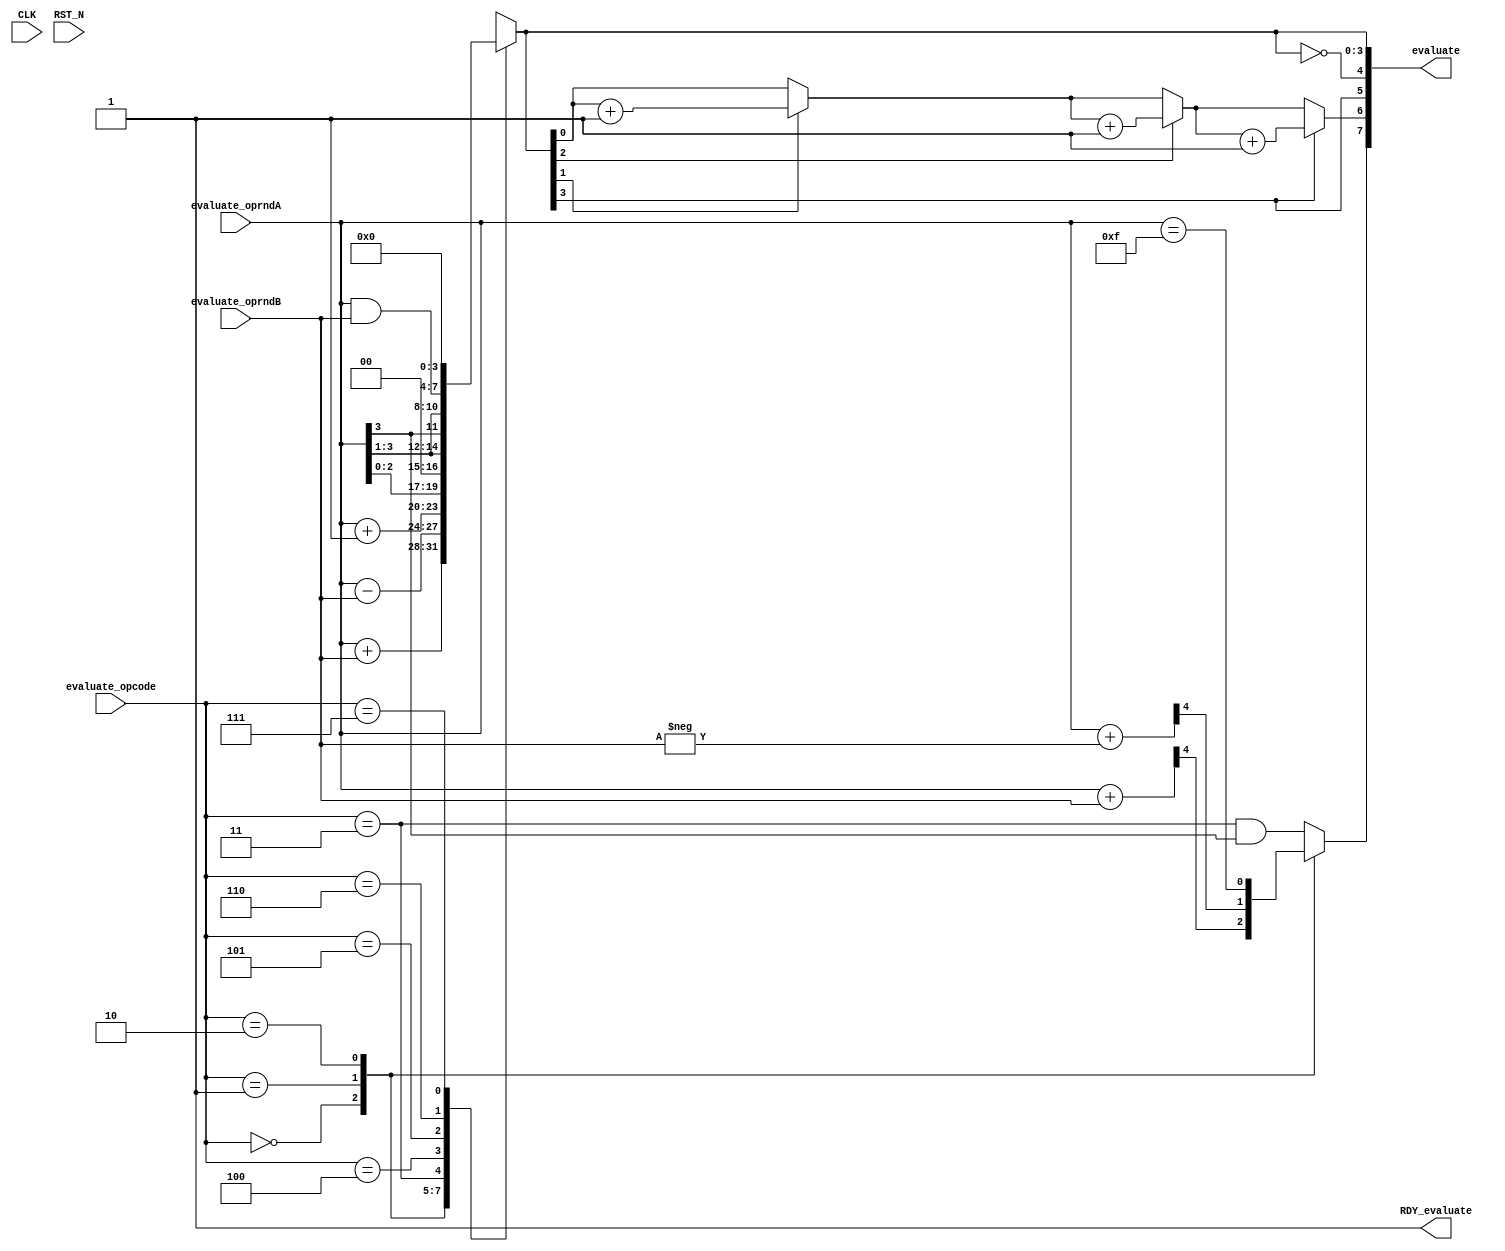
//
// Generated by Bluespec Compiler, version 2011.06.D (build 24470, 2011-06-30)
//
// On Mon Oct 10 19:36:20 IST 2011
//
// Method conflict info:
// Method: evaluate
// Conflict-free: evaluate
//
//
// Ports:
// Name                         I/O  size props
// evaluate                       O     8
// RDY_evaluate                   O     1 const
// CLK                            I     1 unused
// RST_N                          I     1 unused
// evaluate_oprndA                I     4
// evaluate_oprndB                I     4
// evaluate_opcode                I     3
//
// Combinational paths from inputs to outputs:
//   (evaluate_oprndA, evaluate_oprndB, evaluate_opcode) -> evaluate
//
//

`ifdef BSV_ASSIGNMENT_DELAY
`else
`define BSV_ASSIGNMENT_DELAY
`endif

module mkALU(CLK,
	     RST_N,

	     evaluate_oprndA,
	     evaluate_oprndB,
	     evaluate_opcode,
	     evaluate,
	     RDY_evaluate);
  input  CLK;
  input  RST_N;

  // value method evaluate
  input  [3 : 0] evaluate_oprndA;
  input  [3 : 0] evaluate_oprndB;
  input  [2 : 0] evaluate_opcode;
  output [7 : 0] evaluate;
  output RDY_evaluate;

  // signals for module outputs
  wire [7 : 0] evaluate;
  wire RDY_evaluate;

  // remaining internal signals
  reg [3 : 0] IF_evaluate_opcode_EQ_0b0_THEN_evaluate_oprndA_ETC___d50;
  reg _theResult___snd__h86;
  wire [4 : 0] _0b0_CONCAT_evaluate_oprndA_PLUS_0b0_CONCAT_NEG_ETC__q2,
	       _0b0_CONCAT_evaluate_oprndA_PLUS_0b0_CONCAT_eva_ETC__q1;
  wire [3 : 0] result__h130,
	       result__h164,
	       result__h170,
	       result__h240,
	       result__h267,
	       result__h353,
	       result__h87;
  wire _theResult_____1__h203,
       _theResult_____2__h202,
       flagCarry__h165,
       flagParity__h26,
       flagZero__h28,
       parityBit__h362,
       parityBit__h390,
       parityBit__h418;

  // value method evaluate
  assign evaluate =
	     { _theResult___snd__h86,
	       flagParity__h26,
	       IF_evaluate_opcode_EQ_0b0_THEN_evaluate_oprndA_ETC___d50[3],
	       flagZero__h28,
	       IF_evaluate_opcode_EQ_0b0_THEN_evaluate_oprndA_ETC___d50 } ;
  assign RDY_evaluate = 1'd1 ;

  // remaining internal signals
  assign _0b0_CONCAT_evaluate_oprndA_PLUS_0b0_CONCAT_NEG_ETC__q2 =
	     { 1'b0, evaluate_oprndA } + { 1'b0, -evaluate_oprndB } ;
  assign _0b0_CONCAT_evaluate_oprndA_PLUS_0b0_CONCAT_eva_ETC__q1 =
	     { 1'b0, evaluate_oprndA } + { 1'b0, evaluate_oprndB } ;
  assign _theResult_____1__h203 =
	     IF_evaluate_opcode_EQ_0b0_THEN_evaluate_oprndA_ETC___d50[2] ?
	       parityBit__h390 :
	       _theResult_____2__h202 ;
  assign _theResult_____2__h202 =
	     IF_evaluate_opcode_EQ_0b0_THEN_evaluate_oprndA_ETC___d50[1] ?
	       parityBit__h418 :
	       IF_evaluate_opcode_EQ_0b0_THEN_evaluate_oprndA_ETC___d50[0] ;
  assign flagCarry__h165 = evaluate_oprndA == 4'b1111 ;
  assign flagParity__h26 =
	     IF_evaluate_opcode_EQ_0b0_THEN_evaluate_oprndA_ETC___d50[3] ?
	       parityBit__h362 :
	       _theResult_____1__h203 ;
  assign flagZero__h28 =
	     IF_evaluate_opcode_EQ_0b0_THEN_evaluate_oprndA_ETC___d50 ==
	     4'd0 ;
  assign parityBit__h362 = _theResult_____1__h203 + 1'd1 ;
  assign parityBit__h390 = _theResult_____2__h202 + 1'd1 ;
  assign parityBit__h418 =
	     IF_evaluate_opcode_EQ_0b0_THEN_evaluate_oprndA_ETC___d50[0] +
	     1'd1 ;
  assign result__h130 = evaluate_oprndA - evaluate_oprndB ;
  assign result__h164 = evaluate_oprndA + 4'd1 ;
  assign result__h170 = { evaluate_oprndA[2:0], 1'd0 } ;
  assign result__h240 = { 1'd0, evaluate_oprndA[3:1] } ;
  assign result__h267 = { evaluate_oprndA[3], evaluate_oprndA[3:1] } ;
  assign result__h353 = evaluate_oprndA & evaluate_oprndB ;
  assign result__h87 = evaluate_oprndA + evaluate_oprndB ;
  always@(evaluate_opcode or
	  evaluate_oprndA or
	  _0b0_CONCAT_evaluate_oprndA_PLUS_0b0_CONCAT_eva_ETC__q1 or
	  _0b0_CONCAT_evaluate_oprndA_PLUS_0b0_CONCAT_NEG_ETC__q2 or
	  flagCarry__h165)
  begin
    case (evaluate_opcode)
      3'b0:
	  _theResult___snd__h86 =
	      _0b0_CONCAT_evaluate_oprndA_PLUS_0b0_CONCAT_eva_ETC__q1[4];
      3'b001:
	  _theResult___snd__h86 =
	      _0b0_CONCAT_evaluate_oprndA_PLUS_0b0_CONCAT_NEG_ETC__q2[4];
      3'b010: _theResult___snd__h86 = flagCarry__h165;
      default: _theResult___snd__h86 =
		   evaluate_opcode == 3'b011 && evaluate_oprndA[3];
    endcase
  end
  always@(evaluate_opcode or
	  result__h87 or
	  result__h130 or
	  result__h164 or
	  result__h170 or result__h240 or result__h267 or result__h353)
  begin
    case (evaluate_opcode)
      3'b0:
	  IF_evaluate_opcode_EQ_0b0_THEN_evaluate_oprndA_ETC___d50 =
	      result__h87;
      3'b001:
	  IF_evaluate_opcode_EQ_0b0_THEN_evaluate_oprndA_ETC___d50 =
	      result__h130;
      3'b010:
	  IF_evaluate_opcode_EQ_0b0_THEN_evaluate_oprndA_ETC___d50 =
	      result__h164;
      3'b011:
	  IF_evaluate_opcode_EQ_0b0_THEN_evaluate_oprndA_ETC___d50 =
	      result__h170;
      3'b100:
	  IF_evaluate_opcode_EQ_0b0_THEN_evaluate_oprndA_ETC___d50 =
	      result__h240;
      3'b101:
	  IF_evaluate_opcode_EQ_0b0_THEN_evaluate_oprndA_ETC___d50 =
	      result__h267;
      3'b110:
	  IF_evaluate_opcode_EQ_0b0_THEN_evaluate_oprndA_ETC___d50 =
	      result__h353;
      3'd7: IF_evaluate_opcode_EQ_0b0_THEN_evaluate_oprndA_ETC___d50 = 4'd0;
    endcase
  end
endmodule  // mkALU